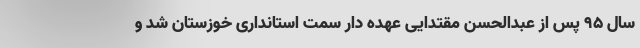
سال ۹۵ پس از عبدالحسن مقتدایی عهده دار سمت استانداری خوزستان شد و